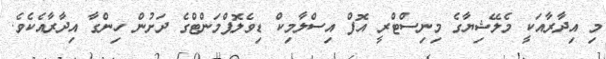
މި އިދާރާއަކީ މެލޭޝިޔާގެ މިނިސްޓްރީ އޮފް އިސްލާމިކް ޑިވެލޮޕްމަންޓްގެ ދަށުން ހިންގާ އިދާރާއެކެވެ.